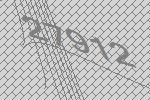
27912